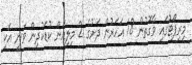
މިރިޕޯޓުގައި ވާގޮތުން 18 އަހަރުން ދަށުގެ 2 މިލިއަން ކުޑަކުދިން ވަނީ އެކި